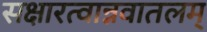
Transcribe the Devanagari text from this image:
सक्षारत्वान्नवातलम्